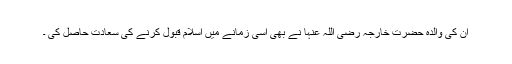
ان کی والدہ حضرت خارجہ رضی اللہ عنہا نے بھی اسی زمانے میں اسلام قبول کرنے کی سعادت حاصل کی ۔